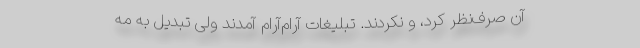
آن صرف‌نظر کرد، و نکردند. تبلیغات آرام‌آرام آمدند ولی تبدیل به مه